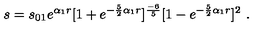
s = s _ { 0 1 } e ^ { \alpha _ { 1 } r } [ 1 + e ^ { - \frac { 5 } { 2 } { \alpha _ { 1 } } r } ] ^ { \frac { - 6 } { 5 } } [ 1 - e ^ { - \frac { 5 } { 2 } { \alpha _ { 1 } } r } ] ^ { 2 } \ .